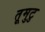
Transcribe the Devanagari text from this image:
तूमुटु